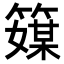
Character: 𥴘